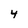
Character: 4